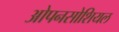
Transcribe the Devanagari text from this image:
ओपनसोशियल